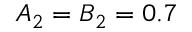
A _ { 2 } = B _ { 2 } = 0 . 7